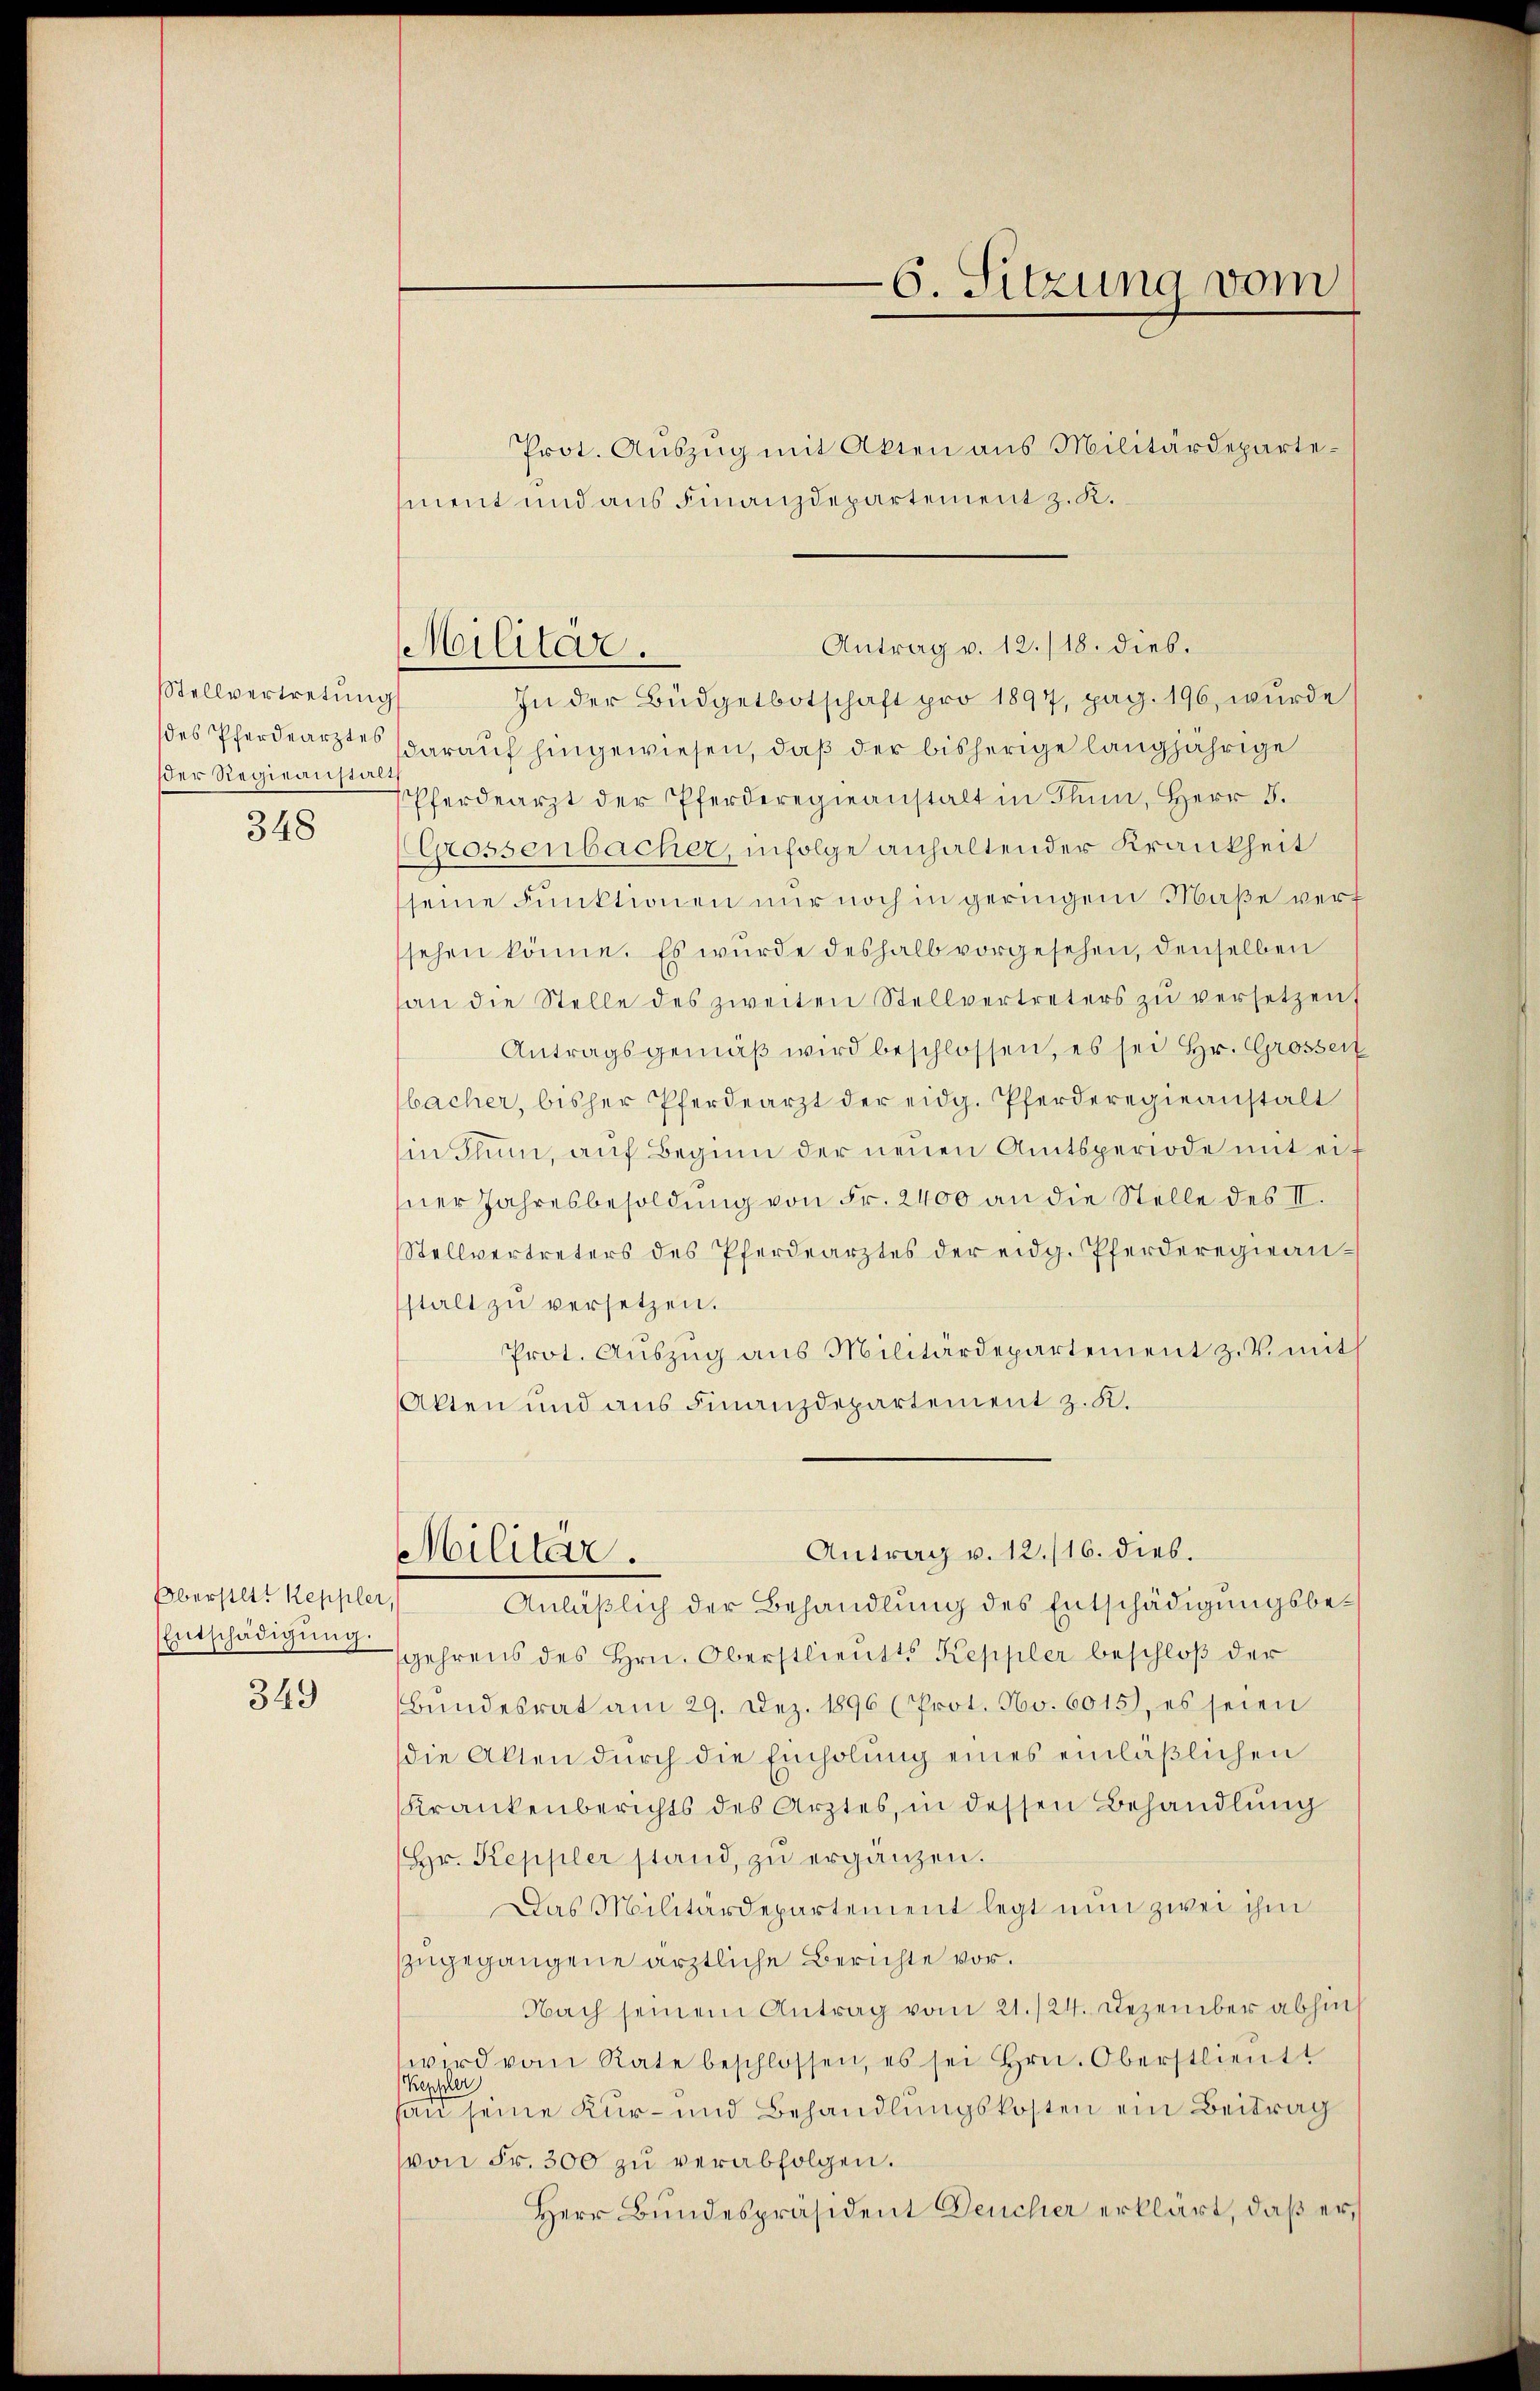
Stellvertretung
des Pferdearztes
der Regieanstal¬
348

Oberstatt Keppler,
Entschädigung.

349

Prot. Aŭszŭg mit Akten aus Militärdepartement und aus Finanzdepartement z. K.
In der Büdgetbotschaft pro 1897, pag. 196, wurde
darauf hingewiesen, daß der bisherige langjährige
Pferdearzt der Pferderegieanstalt in Thun, Herr F.
Grossenbacher, infolge anhaltender Krankheit
seine Funktionen nur noch in geringen Maße verf
sehen könne. Es wurde deshalb vorgesehen, denselben
an die Stelle des zweiten Stellvertreters zŭ versetzen
Antragsgemäβ wird beschlossen, es sei Hr. Grossen
bacher, bisher Pferdearzt der eidg. Pferderegieanstalt
in Thun, auf Beginn der neuen Amtsperiode mit eif
sner Jahresbesoldung von Fr. 2400 an die Stelle des II.
Stellvertreters des Pferdearztes der eidg. Pferderegieanstalt zu versetzen.
Prot. Auszug aus Militärdepartement z. B. mit
Akten und aus Finanzdepartement z. K.
Antrag v. 12./16. dies.
Militär.
Anläßlich der Behandlung des Entschädigungsbegehrens des Hrn. Oberstlieutt Keppler beschloß der
Bŭndesrat am 29. Dez. 1896 (Prot. No. 6015), es seien
die Akten durch die Einholung eines einläßlichen
Krankenberichts des Arztes, in dessen Behandlung
(Hr. Keppler stand, zŭ ergänzen.
Das Militärdepartement legt nun zwei ihm
zugegangene ärztliche Berichte vor.
Nach seinem Antrag vom 21./24. Dezember abhin
wird vom Rate beschlossen, es sei Hrn. Oberstlieutt
Kepscher
han seine Kur- und Behandlungskosten ein Beitrag
von Fr. 300 zu verabfolgen.
Herr Bundespräsident Deucher erklärt, daß er,

6. Sitzung vom

Antrag v. 12./18. dies.
Militär.